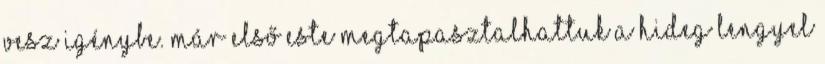
vesz igénybe. Már első este megtapasztalhattuk a hideg lengyel